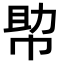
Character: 𢃃